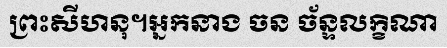
ព្រះសីហនុ។អ្នកនាង ចន ច័ន្ទលក្ខិណា